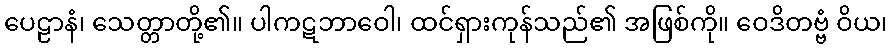
ပေဠာနံ၊ သေတ္တာတို့၏။ ပါကဋဘာဝေါ၊ ထင်ရှားကုန်သည်၏ အဖြစ်ကို။ ဝေဒိတဗ္ဗံ ဝိယ၊